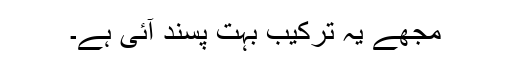
مجھے یہ ترکیب بہت پسند آئی ہے۔